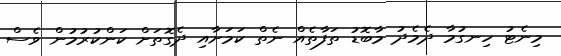
މިނެޓު ހިނގުމާ ދެމެދު މާބޮޑު ތަފާތެއް ނެތް ކަމަށާއި ދެގޮތަށް ކަންކުރުމުން ވެސް